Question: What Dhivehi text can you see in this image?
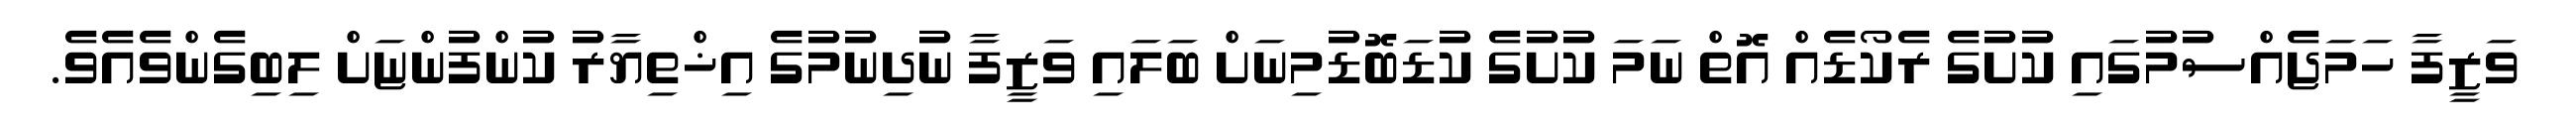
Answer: ވަޒީފާ ހަމަޖެއްސުމުގައި ކުށުގެ ރެކޯޑެއް އޮތް ނަމަ ކުށުގެ ކުޑަބޮޑުމިނަށް ބަލައި ވަޒީފާ ނުދިނުމުގެ އިޚްތިޔާރު ކުންފުންޏަށް ލިބިގެންވެއެވެ.